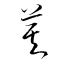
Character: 莫